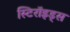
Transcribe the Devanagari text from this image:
स्टिरॉइड्स